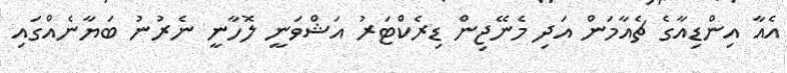
އެއާ އިންޑިއާގެ ޗެއާމަން އަދި މެނޭޖިން ޑިރެކްޓަރު އަޝްވަނީ ލޮހާނީ ނެރުނު ބަޔާނެއްގައި